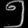
Digit: ၅